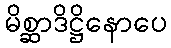
မိစ္ဆာဒိဋ္ဌိနောပေ